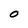
Character: O